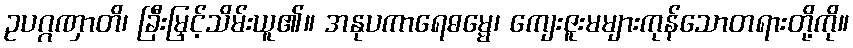
ဥပဂ္ဂဏှာတိ၊ ခြီးမြှင့်သိမ်းယူ၏။ အနုပကာရေဓမ္မေ၊ ကျေးဇူးမများကုန်သောတရားတို့ကို။